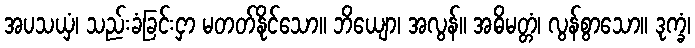
အပသယှံ၊ သည်းခံခြင်းငှာ မတတ်နိုင်သော။ ဘိယျော၊ အလွန်။ အဓိမတ္တံ၊ လွန်စွာသော။ ဒုက္ခံ၊